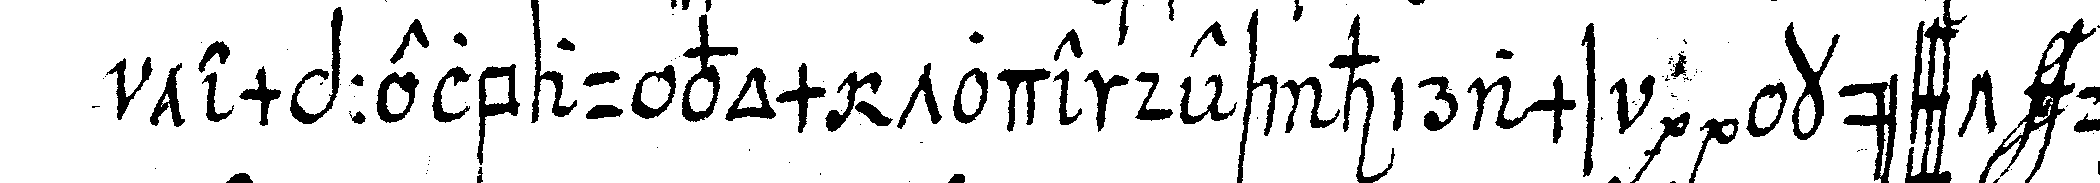
temppelbau vom tode de hirams  küsst und